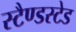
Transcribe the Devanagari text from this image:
स्टैण्डस्टेड